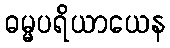
ဓမ္မပရိယာယေန